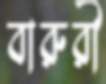
বারুরী